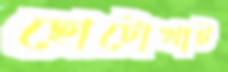
ছোটোখাট